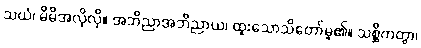
သယံ၊ မိမိအလိုလို။ အဘိညာအဘိညာယ၊ ထူးသောသိတော်မူ၏။ သစ္ဆိကတွာ၊